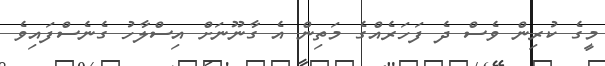
މީގެ ކުރިން ވެސް ދެ ފަހަރެއްގެ މަތިން އެ ގާނޫނަށް އިސްލާހު ގެނެސްފައިވެ